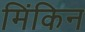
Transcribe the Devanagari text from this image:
मिंकिन